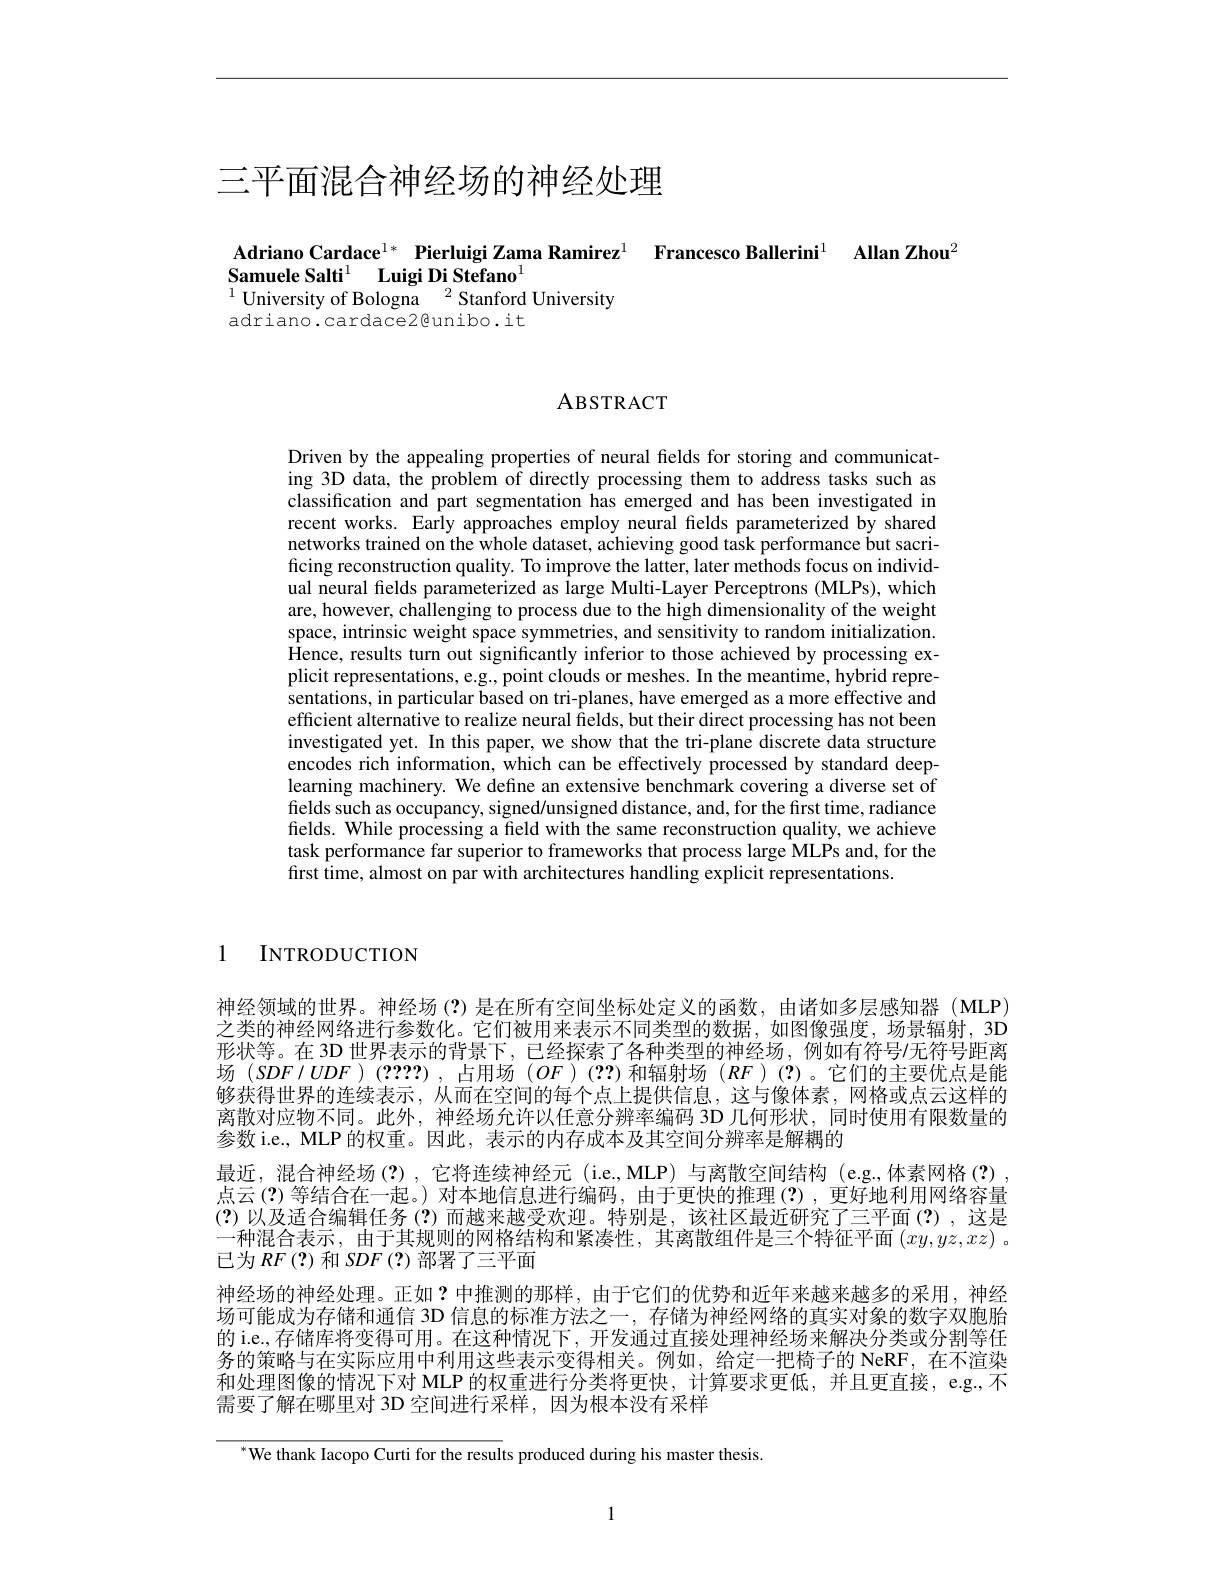
# 三平面混合神经场的神经处理

Adriano Cardace$^{1*}$ Pierluigi Zama Ramirez$^{1}$ Francesco Ballerini$^{1}$ Allan Zhou$^{2}$
$\textbf{Samuele Salti}^{1}$ $\textbf{Luigi Di Stefano}^{1}$
$^{1}$University of Bologna$^2$Stanford University
adriano.cardace2@unibo.it

ABSTRACT

Driven by the appealing properties of neural fields for storing and communicating 3D data, the problem of directly processing them to address tasks such as classification and part segmentation has emerged and has been investigated in recent works. Early approaches employ neural fields parameterized by shared networks trained on the whole dataset, achieving good task performance but sacrificing reconstruction quality. To improve the latter, later methods focus on individual neural felds parameterized as large Multi-Layer Perceptrons (MLPs), which are, however, challenging to process due to the high dimensionality of the weight space, intrinsic weight space symmetries, and sensitivity to random initialization. Hence, results turn out significantly inferior to those achieved by processing explicit representations, e.g., point clouds or meshes. In the meantime, hybrid representations, in particular based on tri-planes, have emerged as a more effective and efficient alternative to realize neural fields, but their direct processing has not been investigated yet. In this paper, we show that the tri-plane discrete data structure encodes rich information, which can be effectively processed by standard deeplearning machinery. We define an extensive benchmark covering a diverse set of fields such as occupancy, signed/unsigned distance, and, for the first time, radiance fields. While processing a field with the same reconstruction quality, we achieve task performance far superior to frameworks that process large MLPs and, for the first time, almost on par with architectures handling explicit representations.

1 INTRODUCTION

神经领域的世界。神经场(?)是在所有空间坐标处定义的函数，由诸如多层感知器(MLP) 之类的神经网络进行参数化。它们被用来表示不同类型的数据，如图像强度，场景辐射，3D 形状等。在 3D 世界表示的背景下 , 已经探索了各种类型的神经场 , 例如有符号/无符号距离场$(SDF/UDF)(????)$,占用场$(OF)(??)$和辐射场$(RF)(?)$。它们的主要优点是能够获得世界的连续表示，从而在空间的每个点上提供信息，这与像体素，网格或点云这样的离散对应物不同。此外，神经场允许以任意分辨率编码 3D 几何形状，同时使用有限数量的参数 i.e., MLP 的权重。因此，表示的内存成本及其空间分辨率是解耦的
最近，混合神经场(?),它将连续神经元 (i.e.,MLP)与离散空间结构 (e.g.,体素网格(?) 点云(?)等结合在一起。)对本地信息进行编码，由于更快的推理(?),更好地利用网络容量(?)以及适合编辑任务(?)而越来越受欢迎。特别是，该社区最近研究了三平面(?),这是一种混合表示，由于其规则的网格结构和紧凑性，其离散组件是三个特征平面$(xy,yz,xz)$ 。已为$RF\left(?\right)$和$SDF\left(?\right)$部署了三平面
神经场的神经处理。正如？中推测的那样，由于它们的优势和近年来越来越多的采用，神经场可能成为存储和通信 3D 信息的标准方法之一 , 存储为神经网络的真实对象的数字双胞胎的 i.e., 存储库将变得可用。在这种情况下，开发通过直接处理神经场来解决分类或分割等任务的策略与在实际应用中利用这些表示变得相关。例如，给定一把椅子的 NeRF,在不渲染和处理图像的情况下对 MLP 的权重进行分类将更快，计算要求更低，并且更直接，e.g.不需要了解在哪里对 3D 空间进行采样，因为根本没有采样

$^{*}$We thank Iacopo Curti for the results produced during his master thesis

1